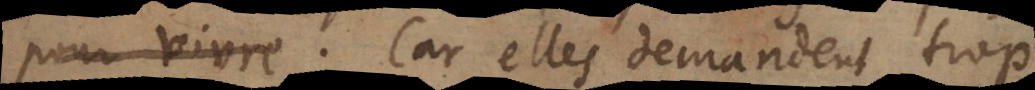
. Car elles demandent trop